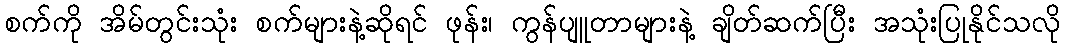
စက်ကို အိမ်တွင်းသုံး စက်များနဲ့ဆိုရင် ဖုန်း၊ ကွန်ပျူတာများနဲ့ ချိတ်ဆက်ပြီး အသုံးပြုနိုင်သလို